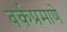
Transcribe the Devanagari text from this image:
बर्कप्रमाणे